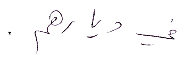
في دياره.